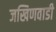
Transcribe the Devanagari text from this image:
जखिणवाडी